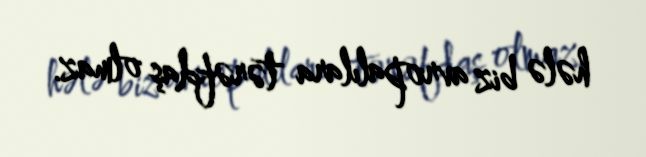
hələ biz avropalılara tərəfdaş olmaz.